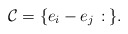
\begin{align*}\mathcal{C} = \{e_i-e_j\,:\,\}.\end{align*}